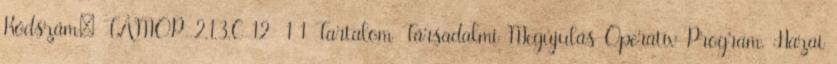
Kódszám: TÁMOP-2.1.3.C-12 1 1 Tartalom Társadalmi Megújulás Operatív Program. Hazai